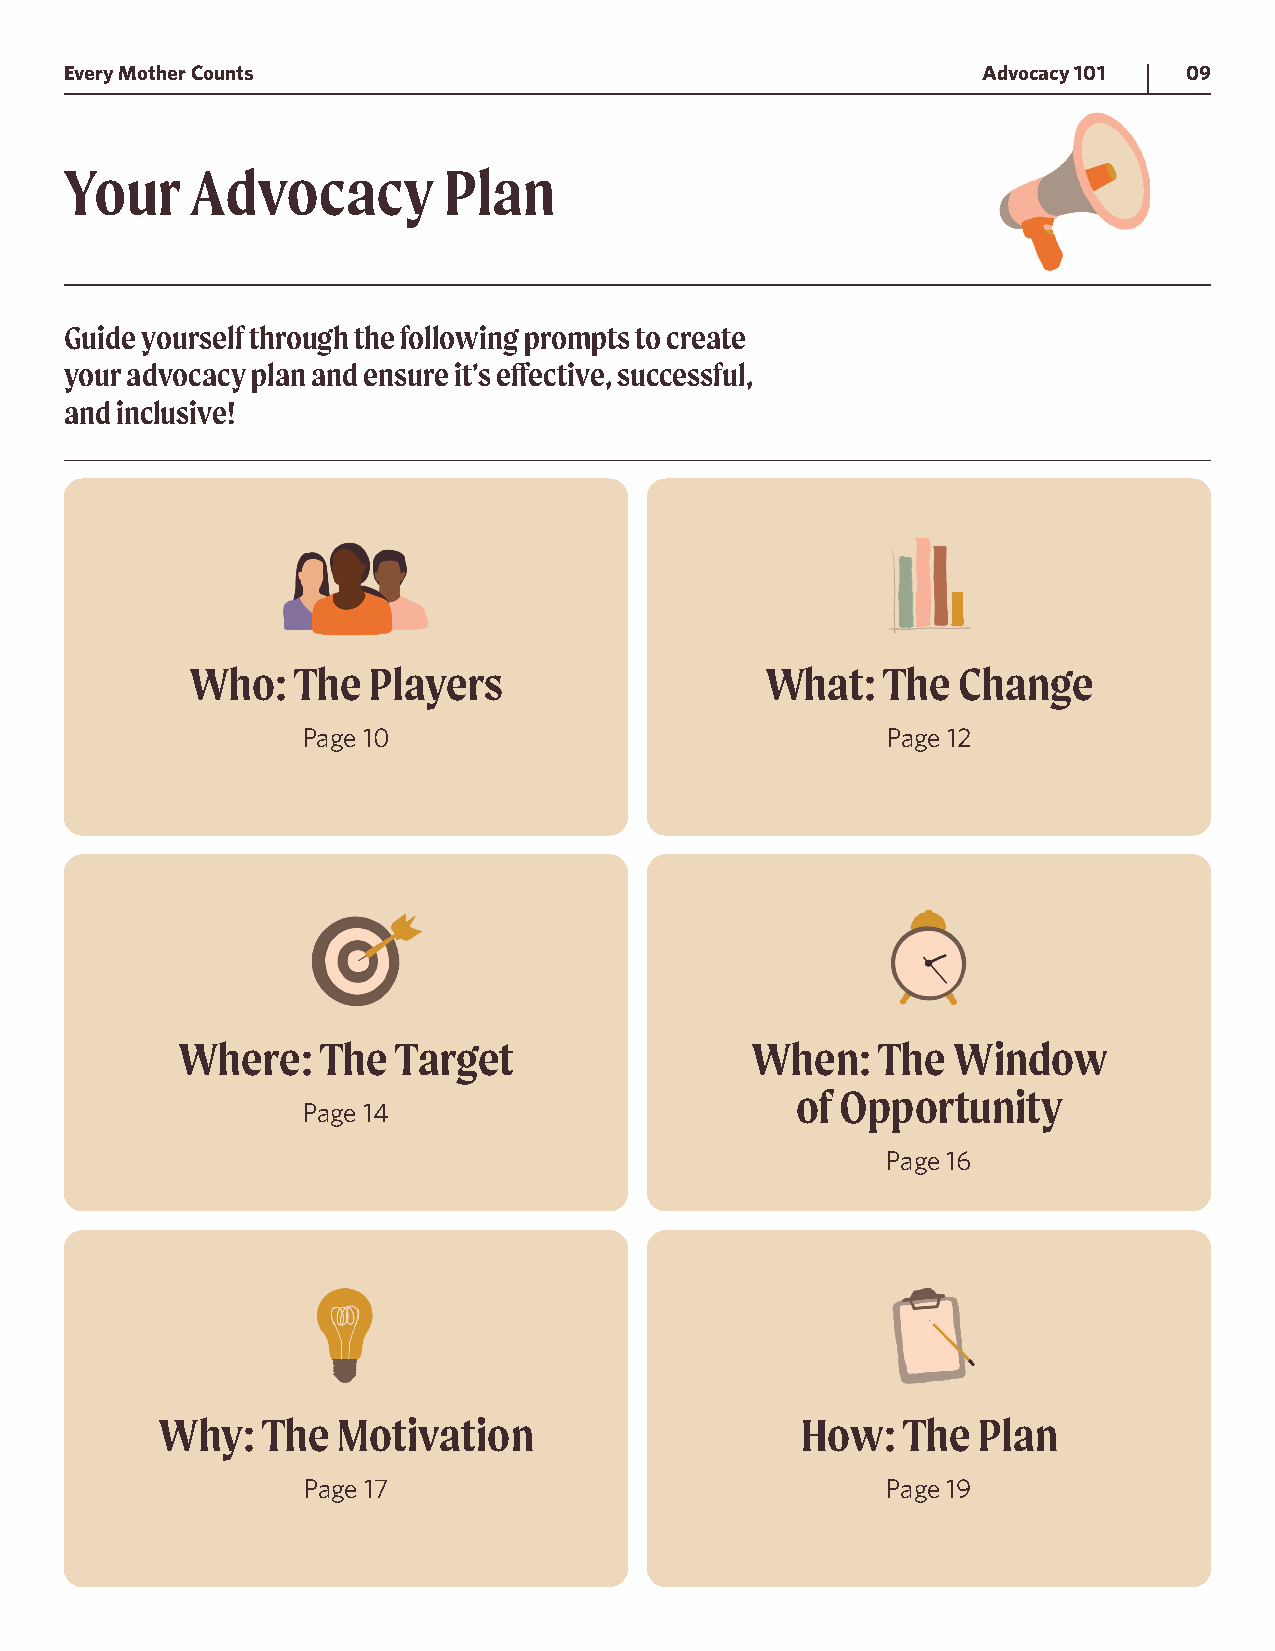
Every Mother Counts                                          Advocacy 101  09
 Your     Advocacy        Plan
 Guide yourself through the following prompts to create
 your advocacy plan and ensure it’s effective, successful,
 and inclusive!
 Who:   The Players                    What:   The Change
 Page 10                                Page 12
 Where:   The  Target                  When:   The  Window
 of Opportunity
 Page 14
 Page 16
 Why:   The  Motivation                     How:   The  Plan
 Page 17                                Page 19